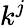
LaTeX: k^{j}